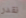
نقدر